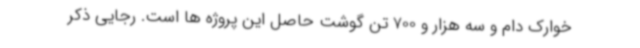
خوارک دام و سه هزار و 700 تن گوشت حاصل این پروژه ها است. رجایی ذکر